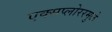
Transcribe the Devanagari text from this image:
एक्सप्लोररमुळे